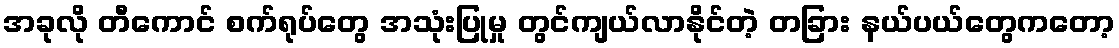
အခုလို တီကောင် စက်ရုပ်တွေ အသုံးပြုမှု တွင်ကျယ်လာနိုင်တဲ့ တခြား နယ်ပယ်တွေကတော့